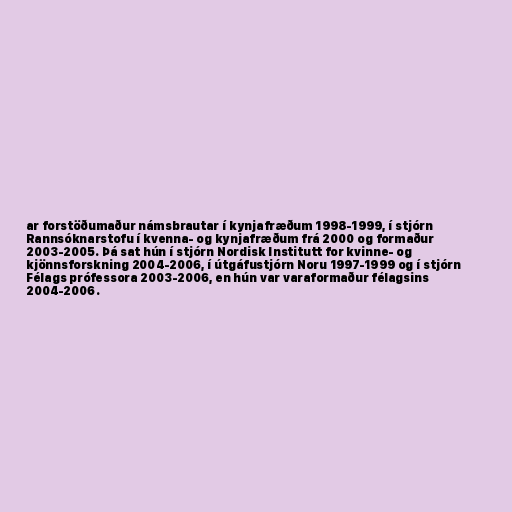
ar forstöðumaður námsbrautar í kynjafræðum 1998-1999, í stjórn
Rannsóknarstofu í kvenna- og kynjafræðum frá 2000 og formaður
2003-2005. Þá sat hún í stjórn Nordisk Institutt for kvinne- og
kjönnsforskning 2004-2006, í útgáfustjórn Noru 1997-1999 og í stjórn
Félags prófessora 2003-2006, en hún var varaformaður félagsins
2004-2006.